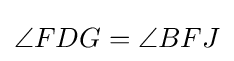
\angle FDG=\angle BFJ